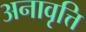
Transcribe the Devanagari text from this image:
अनावृत्ति